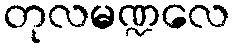
တုလမဏ္ဍလေ